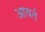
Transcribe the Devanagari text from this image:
आबर्त